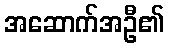
အဆောက်အဦ၏